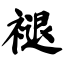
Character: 褪